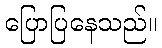
ပြောပြနေသည်။